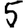
Digit: 5